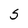
Character: 5